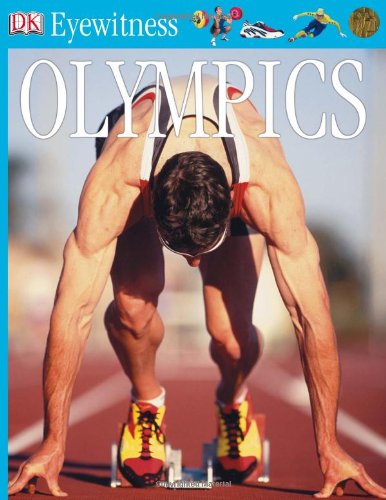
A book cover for DK Eyewitness Books: Olympics; Chris Oxlade; Children's Books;